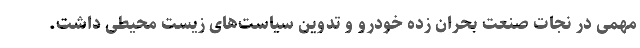
مهمی در نجات صنعت بحران زده خودرو و تدوین سیاست‌های زیست محیطی داشت.